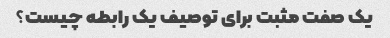
یک صفت مثبت برای توصیف یک رابطه چیست؟